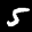
Label: 5